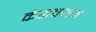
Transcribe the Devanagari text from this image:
कंसवधम्